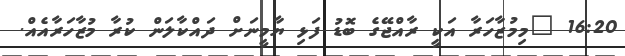
16:20 "މިމުޒާހަރާ އަކީ ރާއްޖޭގެ ބޮޑު ފަޅި ޔާމީނަށް ދައްކާލަން ކުރާ މުޒާހަރާއެއް.